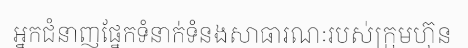
អ្នកជំនាញផ្នែកទំនាក់ទំនងសាធារណៈរបស់ក្រុមហ៊ុន